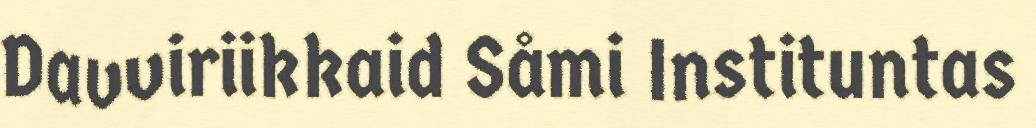
Davviriikkaid Såmi Instituntas